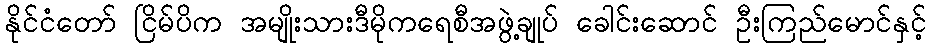
နိုင်ငံတော် ငြိမ်ပိက အမျိုးသားဒီမိုကရေစီအဖွဲ့ချုပ် ခေါင်းဆောင် ဦးကြည်မောင်နှင့်